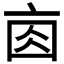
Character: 𠅓